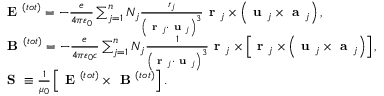
\begin{array} { r l } & { \textbf { E } ^ { ( t o t ) } = - \frac { e } { 4 \pi \varepsilon _ { 0 } } \sum _ { j = 1 } ^ { n } N _ { j } \frac { r _ { j } } { \left( \textbf { r } _ { j } \cdot \textbf { u } _ { j } \right) ^ { 3 } } \textbf { r } _ { j } \times \left( \textbf { u } _ { j } \times \textbf { a } _ { j } \right) , } \\ & { \textbf { B } ^ { ( t o t ) } = - \frac { e } { 4 \pi \varepsilon _ { 0 } c } \sum _ { j = 1 } ^ { n } N _ { j } \frac { 1 } { \left( \textbf { r } _ { j } \cdot \textbf { u } _ { j } \right) ^ { 3 } } \textbf { r } _ { j } \times \left[ \textbf { r } _ { j } \times \left( \textbf { u } _ { j } \times \textbf { a } _ { j } \right) \right] , } \\ & { \textbf { S } \equiv \frac { 1 } { \mu _ { 0 } } \left[ \textbf { E } ^ { ( t o t ) } \times \textbf { B } ^ { ( t o t ) } \right] . } \end{array}